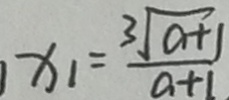
x _ { 1 } = \frac { 3 \sqrt { a + 1 } } { a + 1 }